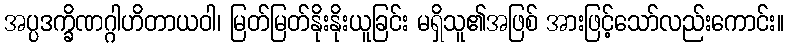
အပ္ပဒက္ခိဏဂ္ဂါဟိတာယဝါ၊ မြတ်မြတ်နိုးနိုးယူခြင်း မရှိသူ၏အဖြစ် အားဖြင့်သော်လည်းကောင်း။